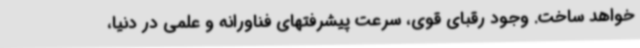
خواهد ساخت. وجود رقبای قوی، سرعت پیشرفتهای فناورانه و علمی در دنیا،